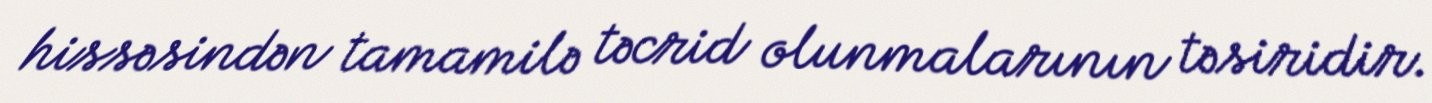
hissəsindən tamamilə təcrid olunmalarının təsiridir.